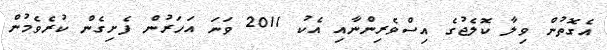
އެގޮތުން ވިލާ ކޮލެޖުގެ އިސްވެރިންނާއި އެކު 2011 ވަނަ އަހަރުން ފެށިގެން ކުރެވެމުން